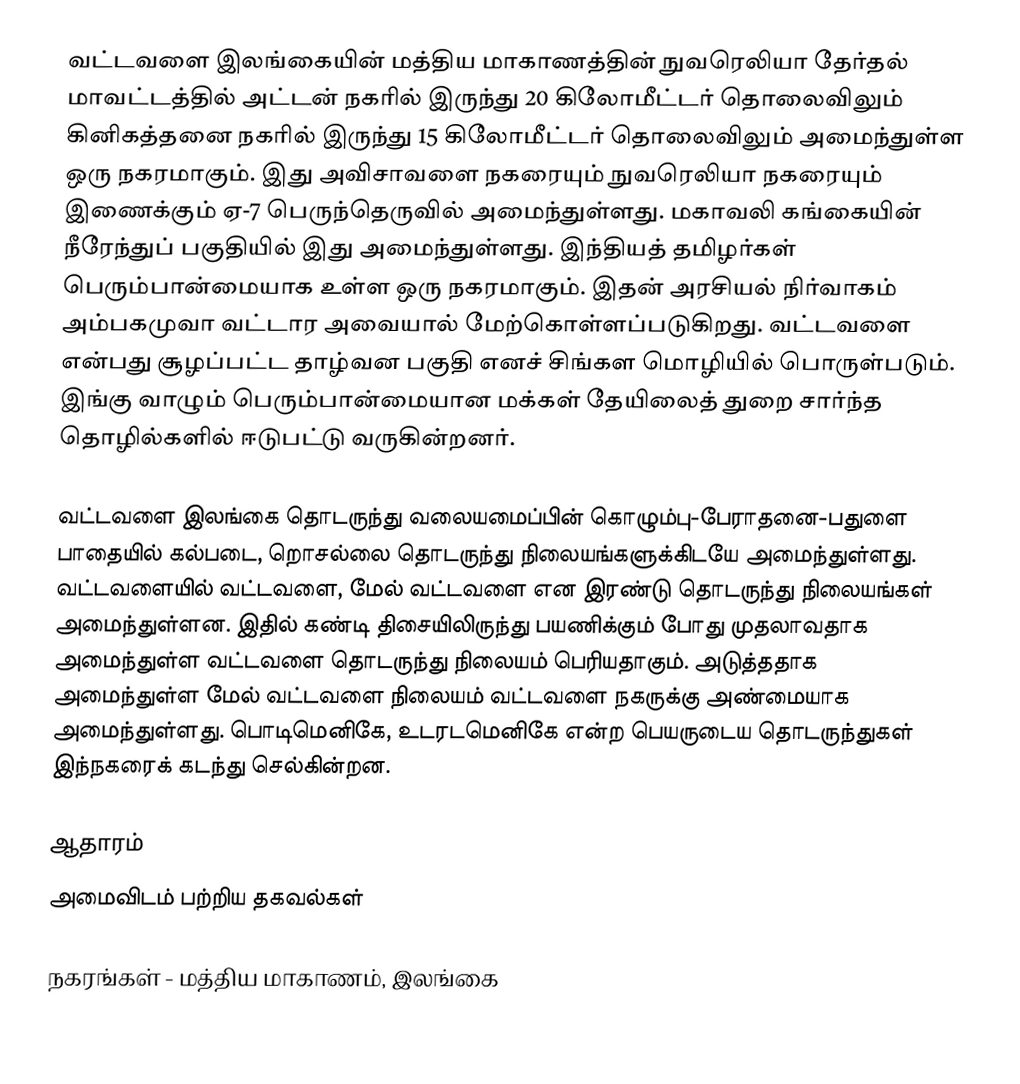
வட்டவளை இலங்கையின் மத்திய மாகாணத்தின்  நுவரெலியா தேர்தல் மாவட்டத்தில் அட்டன் நகரில் இருந்து 20 கிலோமீட்டர் தொலைவிலும் கினிகத்தனை நகரில் இருந்து 15 கிலோமீட்டர் தொலைவிலும் அமைந்துள்ள ஒரு நகரமாகும். இது அவிசாவளை நகரையும் நுவரெலியா நகரையும் இணைக்கும் ஏ-7 பெருந்தெருவில் அமைந்துள்ளது. மகாவலி கங்கையின் நீரேந்துப் பகுதியில் இது அமைந்துள்ளது. இந்தியத் தமிழர்கள் பெரும்பான்மையாக உள்ள ஒரு நகரமாகும். இதன் அரசியல் நிர்வாகம் அம்பகமுவா வட்டார அவையால் மேற்கொள்ளப்படுகிறது. வட்டவளை என்பது சூழப்பட்ட தாழ்வன பகுதி எனச் சிங்கள மொழியில் பொருள்படும். இங்கு வாழும் பெரும்பான்மையான மக்கள் தேயிலைத் துறை சார்ந்த தொழில்களில் ஈடுபட்டு வருகின்றனர்.

வட்டவளை இலங்கை தொடருந்து வலையமைப்பின் கொழும்பு-பேராதனை-பதுளை பாதையில் கல்படை, றொசல்லை தொடருந்து நிலையங்களுக்கிடயே அமைந்துள்ளது. வட்டவளையில் வட்டவளை, மேல் வட்டவளை என இரண்டு தொடருந்து நிலையங்கள் அமைந்துள்ளன. இதில் கண்டி திசையிலிருந்து பயணிக்கும் போது முதலாவதாக அமைந்துள்ள வட்டவளை தொடருந்து நிலையம் பெரியதாகும். அடுத்ததாக அமைந்துள்ள மேல் வட்டவளை நிலையம் வட்டவளை நகருக்கு அண்மையாக அமைந்துள்ளது. பொடிமெனிகே,   உடரடமெனிகே என்ற பெயருடைய தொடருந்துகள் இந்நகரைக் கடந்து செல்கின்றன.

ஆதாரம்
அமைவிடம் பற்றிய தகவல்கள்

நகரங்கள் - மத்திய மாகாணம், இலங்கை